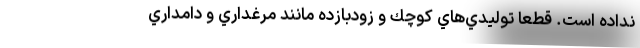
نداده است. قطعا توليدي‌هاي كوچك و زودبازده مانند مرغداري و دامداري